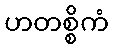
ဟတစ္စိကံ